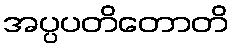
အပ္ပပတိတောတိ